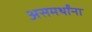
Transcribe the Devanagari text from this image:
असमर्थांना